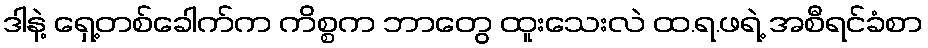
ဒါနဲ့ ရှေ့တစ်ခေါက်က ကိစ္စက ဘာတွေ ထူးသေးလဲ ထ.ရ.ဖရဲ့ အစီရင်ခံစာ